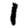
Digit: 1